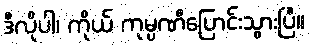
ဒီလိုပါ၊ ကိုယ် ကုမ္ပဏီပြောင်းသွားပြီ။